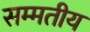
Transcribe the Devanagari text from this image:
सम्मतीय